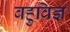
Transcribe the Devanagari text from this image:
बहुविज्ञ